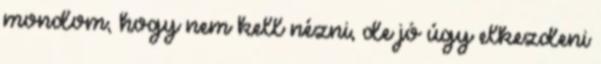
mondom, hogy nem kell nézni, de jó úgy elkezdeni